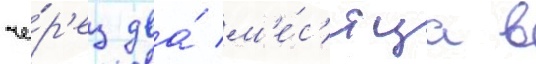
че́р'ез два́ м'е́с'яца в